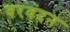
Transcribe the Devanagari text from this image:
वरवंदन